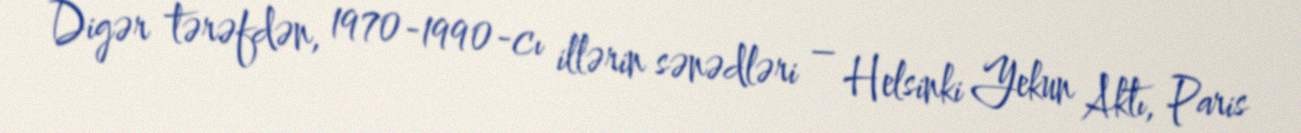
Digər tərəfdən, 1970-1990-cı illərin sənədləri – Helsinki Yekun Aktı, Paris